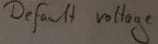
Text: Deafault voltage